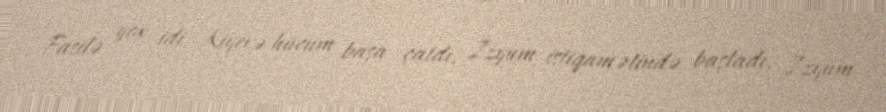
Fasilə yox idi. Kiyevə hücum başa çatdı, İzyum istiqamətində başladı, İzyum